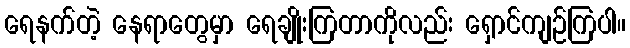
ရေနက်တဲ့ နေရာတွေမှာ ရေချိုးကြတာကိုလည်း ရှောင်ကျဉ်ကြပါ။